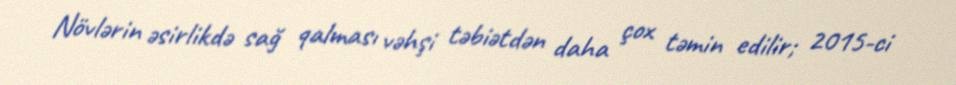
Növlərin əsirlikdə sağ qalması vəhşi təbiətdən daha çox təmin edilir; 2015-ci